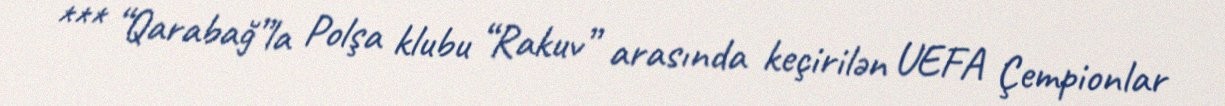
*** “Qarabağ”la Polşa klubu “Rakuv” arasında keçirilən UEFA Çempionlar